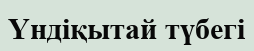
Үндіқытай түбегі